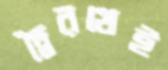
দ্বৈরথেই